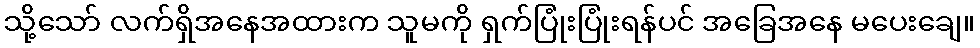
သို့သော် လက်ရှိအနေအထားက သူမကို ရှက်ပြုံးပြုံးရန်ပင် အခြေအနေ မပေးချေ။